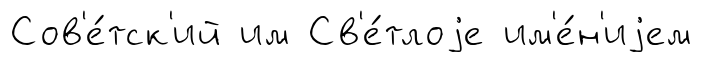
Сов'е́тск'ий им Св'е́тлоjе им'е́н'иjем